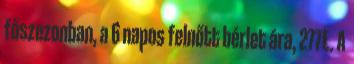
főszezonban, a 6 napos felnőtt bérlet ára, 277€. A